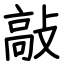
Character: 敲